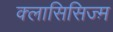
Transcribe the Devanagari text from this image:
क्लासिसिज्म़